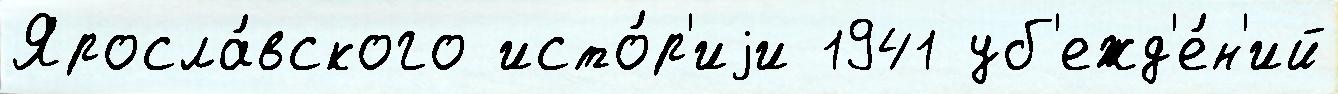
Яросла́вского исто́р'иjи 1941 уб'ежд'е́н'ий